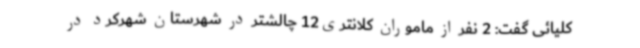
کلیائی گفت: 2 نفر از ماموران کلانتری12 چالشتر در شهرستان شهرکرد در